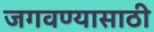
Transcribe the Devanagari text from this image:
जगवण्यासाठी